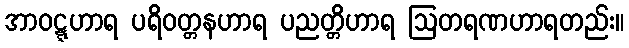
အာဝဋ္ဋဟာရ ပရိဝတ္တနဟာရ ပညတ္တိဟာရ ဩတရဏဟာရတည်း။